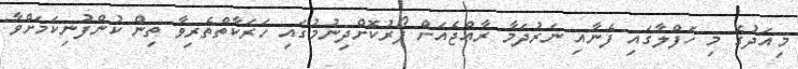
މިއަދުގެ މި ހަފްލާގައި ފެނާއި ނަރުދަމާ ރާއްޖެއަށް ފޯރުކޮށްދިނުމުގައި ހަރަކާތްތެރިވާ ތިން ކުންފުނިކަމަށްވާ